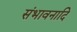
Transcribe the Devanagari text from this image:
संभावनादि